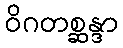
ဝိဂတစ္ဆန္ဒာ